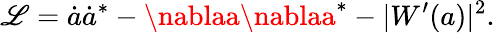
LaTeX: {\cal\mathscr{L}}=\dot{{a}}\dot{{a}}^{\ast}-\nablaa\nablaa^{\ast}-|W^{\prime}(a)|^{2}.